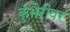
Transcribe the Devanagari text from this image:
कुंभेरीवर